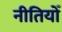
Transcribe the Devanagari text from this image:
नीतियोँ